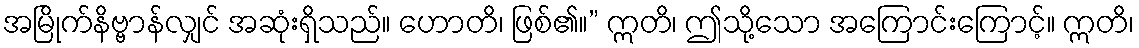
အမြိုက်နိဗ္ဗာန်လျှင် အဆုံးရှိသည်။ ဟောတိ၊ ဖြစ်၏။” ဣတိ၊ ဤသို့သော အကြောင်းကြောင့်။ ဣတိ၊